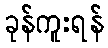
ခုန်ကူးရန်